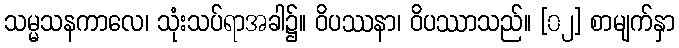
သမ္မသနကာလေ၊ သုံးသပ်ရာအခါ၌။ ဝိပဿနာ၊ ဝိပဿာသည်။ [၀၂] စာမျက်နှာ